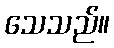
သေသည်။